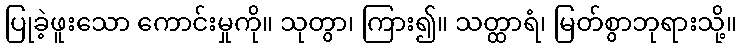
ပြုခဲ့ဖူးသော ကောင်းမှုကို။ သုတွာ၊ ကြား၍။ သတ္ထာရံ၊ မြတ်စွာဘုရားသို့။